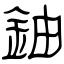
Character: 鈾